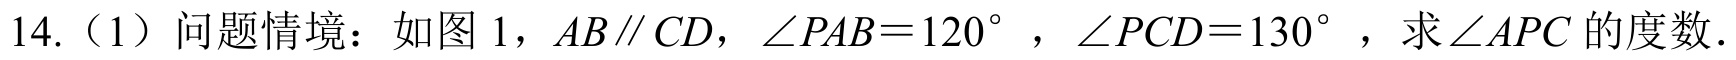
14.（1）问题情境：如图 1，\(AB\parallel CD\)，\(\angle PAB = 120^{\circ}\)，\(\angle PCD = 130^{\circ}\)，求\(\angle APC\)的度数.